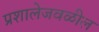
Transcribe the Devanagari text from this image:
प्रशालेजवळील